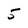
Character: 5